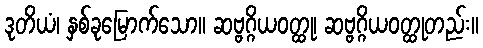
ဒုတိယံ၊ နှစ်ခုမြောက်သော။ ဆဗ္ဗဂ္ဂိယဝတ္ထု၊ ဆဗ္ဗဂ္ဂိယဝတ္ထုတည်း။